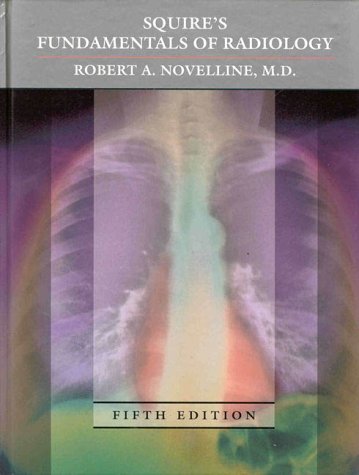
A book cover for Squire's Fundamentals of Radiology; Robert A. Novelline; Medical Books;